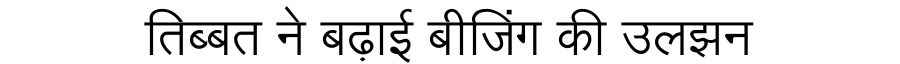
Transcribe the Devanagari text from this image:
तिब्बत ने बढ़ाई बीजिंग की उलझन